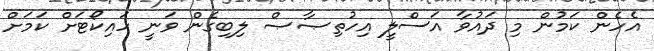
އެހެން ކަމުން މި ދައުވާ އަސްލީ އިހުތިޞާޞް ލިބިގެން ވަނީ ހައިކޯޓަށް ކަމަށް